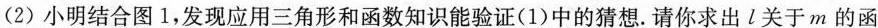
(2)小明结合图1，发现应用三角形和函数知识能验证(1)中的猜想.请你求出l关于m的函